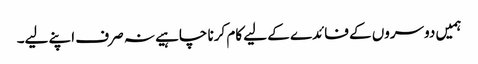
ہمیں دوسروں کے فائدے کے لیے کام کرنا چاہیے نہ صرف اپنے لیے۔